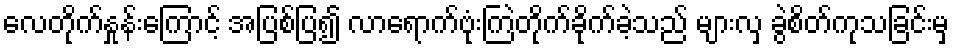
လေတိုက်နှုန်းကြောင့် အပြစ်ပြ၍ လာရောက်ဗုံးကြဲတိုက်ခိုက်ခဲ့သည် များလှ ခွဲစိတ်ကုသခြင်းမှ